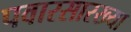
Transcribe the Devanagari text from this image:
पवारसारख्या